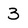
Character: 3